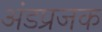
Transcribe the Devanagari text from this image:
अंडप्रजक